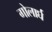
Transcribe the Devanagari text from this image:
गोलार्घ